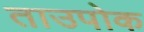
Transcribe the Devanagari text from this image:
ताउपोक